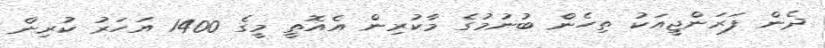
ދެން ފަރަންޖީއަކު ތިހެން ބުނުމުގެ މާކުރިން އެއޮތީ މީގެ 1400 އަހަރު ކުރިން